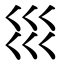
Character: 𡿭